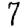
Digit: 7